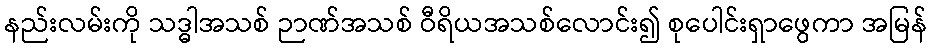
နည်းလမ်းကို သဒ္ဓါအသစ် ဉာဏ်အသစ် ဝီရိယအသစ်လောင်း၍ စုပေါင်းရှာဖွေကာ အမြန်